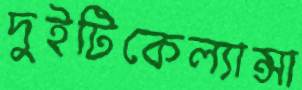
দুইটিকেল্যান্সা